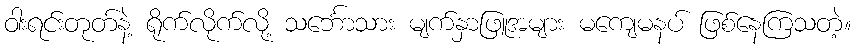
ဝါးရင်းတုတ်နဲ့ ရိုက်လိုက်လို့ သင်္ဘောသား မျက်နှာဖြူအများ မကျေမနပ် ဖြစ်နေကြသတဲ့။